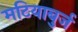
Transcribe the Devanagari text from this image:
मटियाबुर्ज